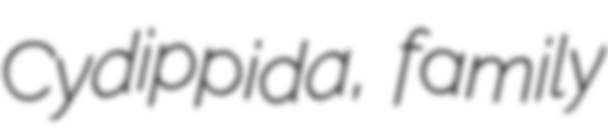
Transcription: Cydippida, family